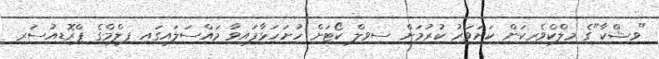
"ވިޝްކާ"ގެ މިލްކްވެރިކަން ކަށަވަރު ކުރުމަށް ސިވިލް ކޯޓަށް ހުށަހަޅާފައިވާ މައްސަލައިގައި ފިލްމްގެ ޕްރޮޑިއުސަރ